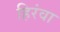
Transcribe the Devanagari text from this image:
हिरंवा